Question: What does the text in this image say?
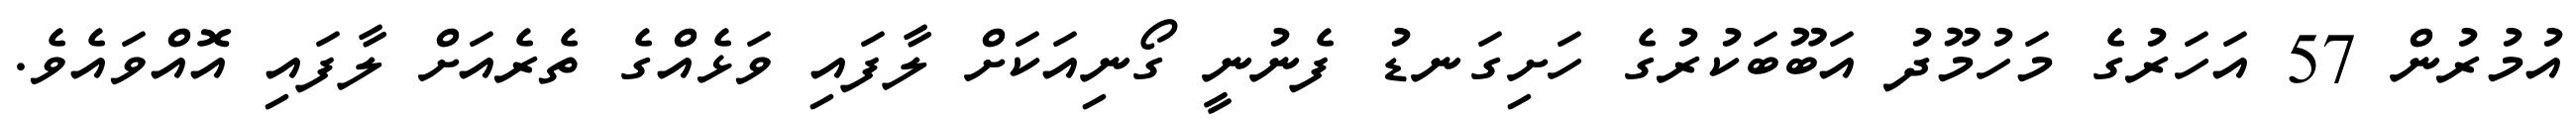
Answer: އުމުރުން 57 އަހަރުގެ މަހުމޫދު އަބޫބަކުރުގެ ހަށިގަނޑު ފެނުނީ ގޯނިއަކަށް ލާފައި ވަޅެއްގެ ތެރެއަށް ލާފައި އޮއްވައެވެ.